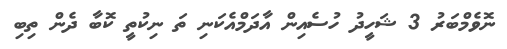
ނޮވެމްބަރު 3 ޝަހީދު ހުސެއިން އާދަމްއެކަނި ތަަ ނިކުތީ ކޮބާ ދެން ތިބި